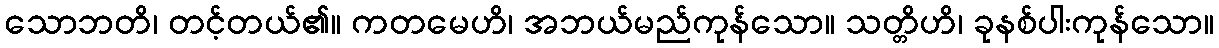
သောဘတိ၊ တင့်တယ်၏။ ကတမေဟိ၊ အဘယ်မည်ကုန်သော။ သတ္တိဟိ၊ ခုနစ်ပါးကုန်သော။